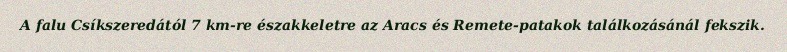
A falu Csíkszeredától 7 km-re északkeletre az Aracs és Remete-patakok találkozásánál fekszik.